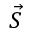
\vec { S }